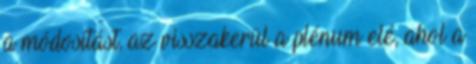
a módosítást, az visszakerül a plénum elé, ahol a